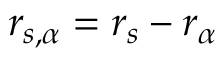
\boldsymbol { r } _ { s , \alpha } = \boldsymbol { r } _ { s } - \boldsymbol { r } _ { \alpha }